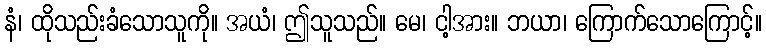
နံ၊ ထိုသည်းခံသောသူကို။ အယံ၊ ဤသူသည်။ မေ၊ ငါ့အား။ ဘယာ၊ ကြောက်သောကြောင့်။